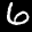
Label: 6